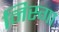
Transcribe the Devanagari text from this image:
निस्गा